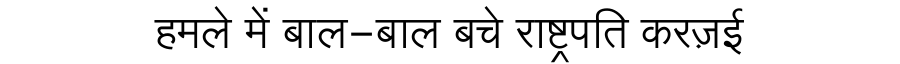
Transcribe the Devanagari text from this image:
हमले में बाल-बाल बचे राष्ट्रपति करज़ई